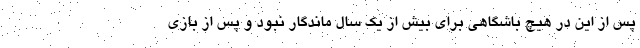
پس از این در هیچ باشگاهی برای بیش از یک سال ماندگار نبود و پس از بازی